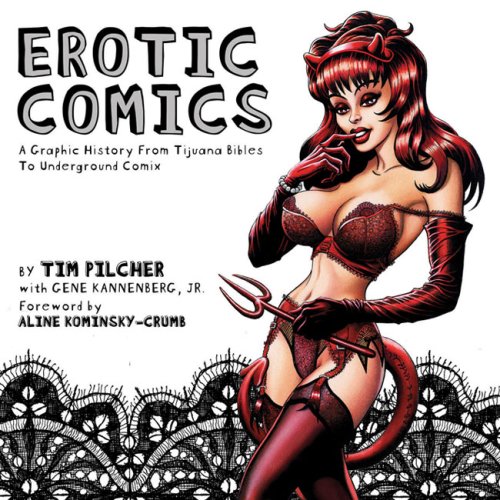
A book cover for Erotic Comics: A Graphic History from Tijuana Bibles to Underground Comix; Tim Pilcher; Comics & Graphic Novels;